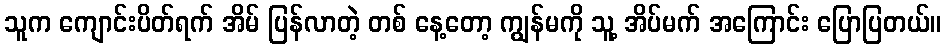
သူက ကျောင်းပိတ်ရက် အိမ် ပြန်လာတဲ့ တစ် နေ့တော့ ကျွန်မကို သူ့ အိပ်မက် အကြောင်း ပြောပြတယ်။